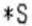
*S